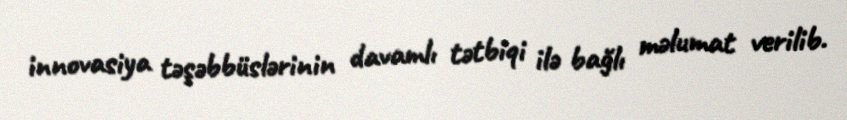
innovasiya təşəbbüslərinin davamlı tətbiqi ilə bağlı məlumat verilib.